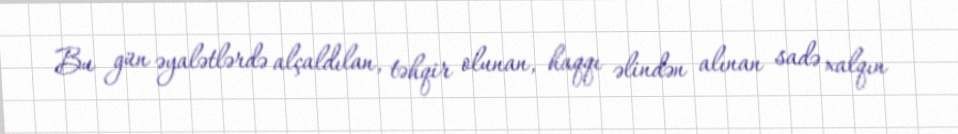
Bu gün əyalətlərdə alçaldılan, təhqir olunan, haqqı əlindən alınan sadə xalqın